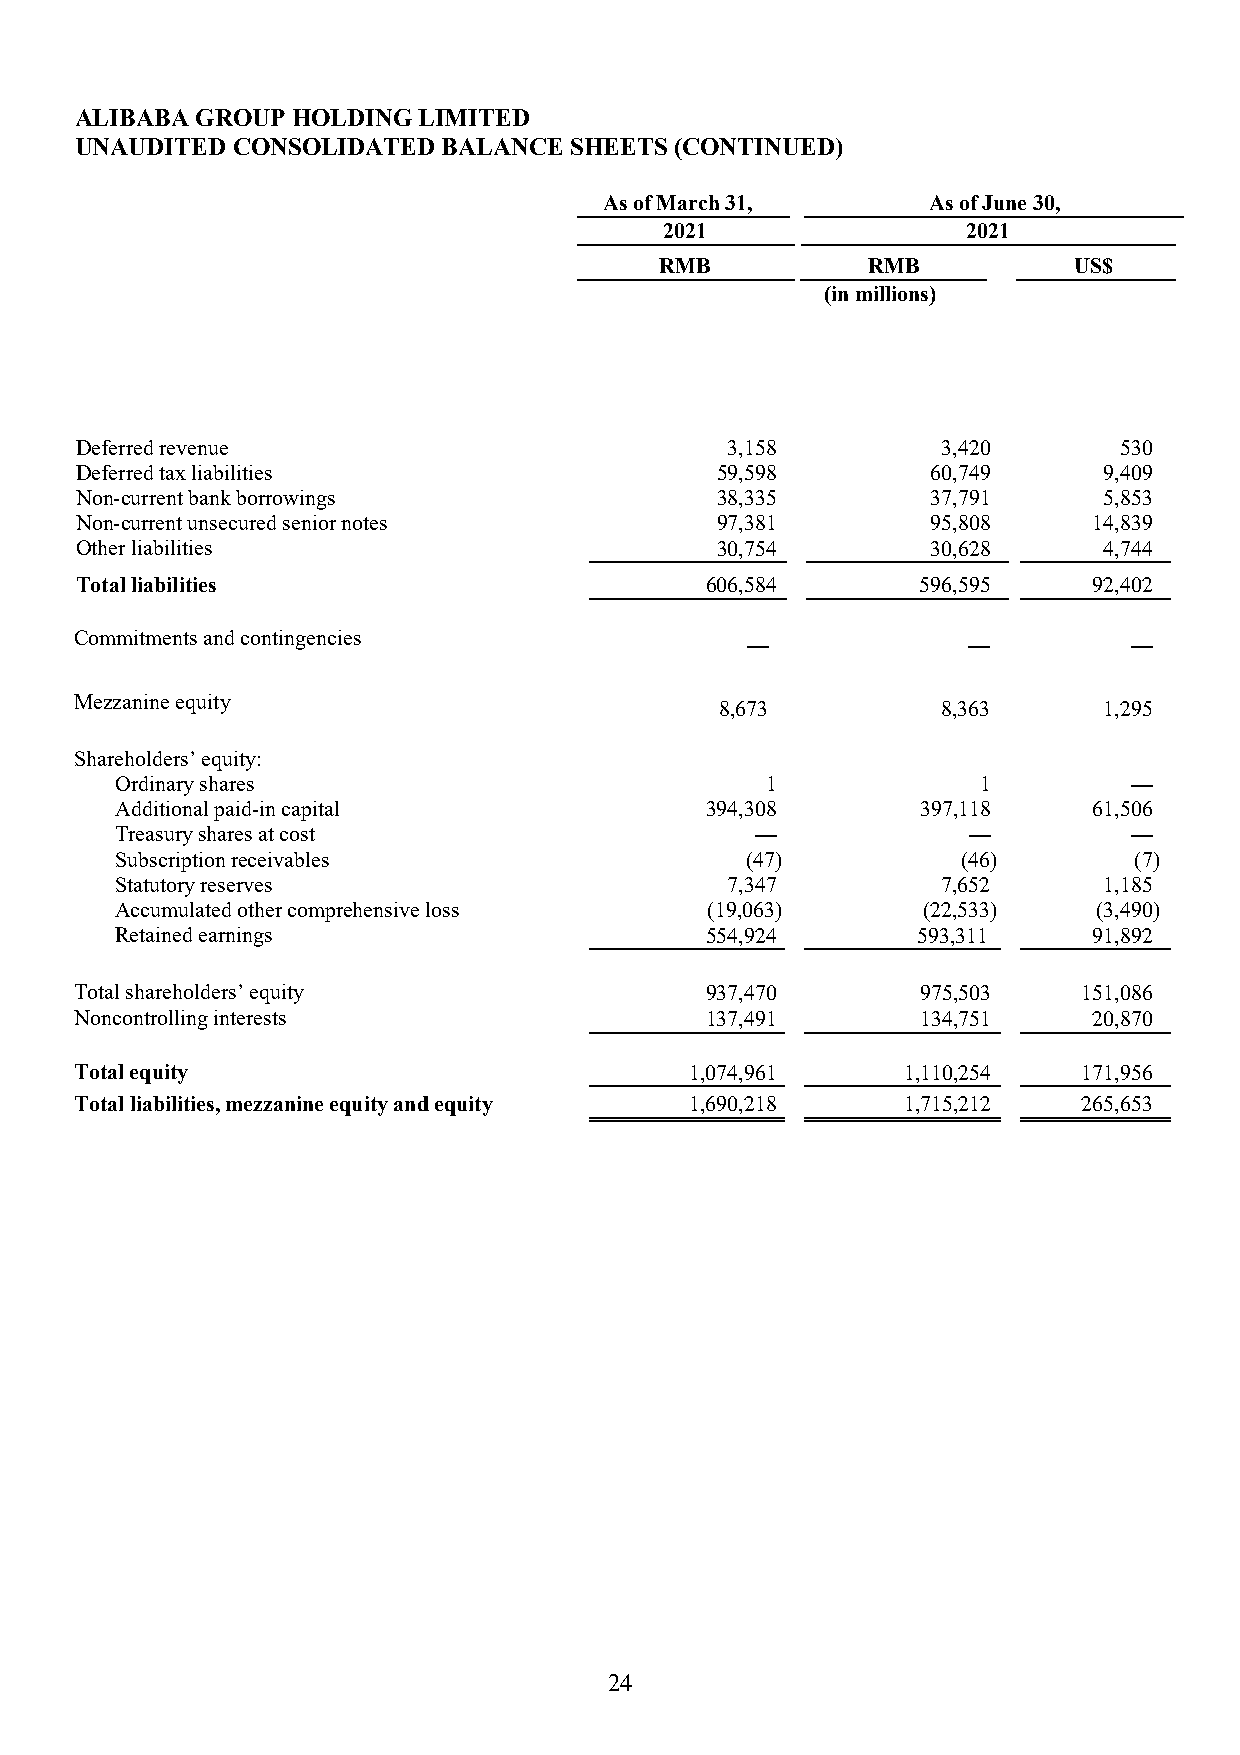
ALIBABA GROUP HOLDING  LIMITED
 UNAUDITED CONSOLIDATED  BALANCE  SHEETS (CONTINUED)
 As of March 31,      As of June 30,
 2021                2021
 RMB          RMB           US$
 (in millions)
 Deferred revenue                           3,158         3,420       530
 Deferred tax liabilities                  59,598         60,749     9,409
 Non-current bank borrowings               38,335         37,791     5,853
 Non-current unsecured senior notes        97,381         95,808    14,839
 Other liabilities                         30,754         30,628     4,744
 Total liabilities                         606,584       596,595    92,402
 Commitments and contingencies
 —              —          —
 Mezzanine equity
 8,673         8,363      1,295
 Shareholders’ equity:
 Ordinary shares                            1             1         —
 Additional paid-in capital             394,308       397,118    61,506
 Treasury shares at cost                   —             —          —
 Subscription receivables                 (47)           (46)       (7)
 Statutory reserves                      7,347         7,652      1,185
 Accumulated other comprehensive loss   (19,063)      (22,533)    (3,490)
 Retained earnings                      554,924       593,311    91,892
 Total shareholders’ equity                937,470       975,503    151,086
 Noncontrolling interests                  137,491       134,751    20,870
 Total equity                             1,074,961     1,110,254   171,956
 Total liabilities, mezzanine equity and equity 1,690,218 1,715,212 265,653
 24